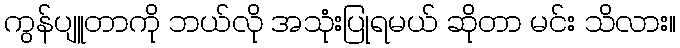
ကွန်ပျူတာကို ဘယ်လို အသုံးပြုရမယ် ဆိုတာ မင်း သိလား။